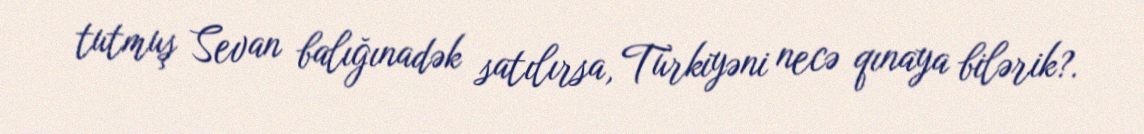
tutmuş Sevan balığınadək satılırsa, Türkiyəni necə qınaya bilərik?.